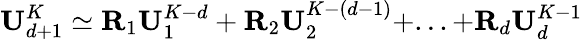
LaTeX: \mathbf{{U}}_{d+1}^{K}\simeq\mathbf{{R}}_{1}\mathbf{{U}}_{1}^{K-d}+\mathbf{{R}}_{2}\mathbf{{U}}_{2}^{K-(d-1)}+...+\mathbf{{R}}_{d}\mathbf{{U}}_{d}^{K-1}